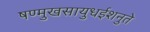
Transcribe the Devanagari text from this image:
षण्मुखसायुधईशनुते